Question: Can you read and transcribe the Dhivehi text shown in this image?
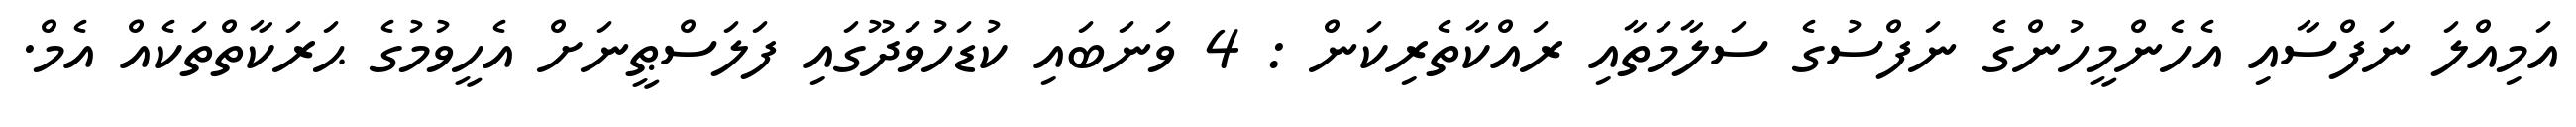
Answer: އަމިއްލަ ނަފްސާއި އެހެންމީހުންގެ ނަފްސުގެ ސަލާމަތާއި ރައްކާތެރިކަން : 4 ވަނަބައި ކުޑަހުވަދޫގައި ފަލަސްޠީނަށް އެހީވުމުގެ ޙަރަކާތްތަކެއް އެމް.